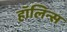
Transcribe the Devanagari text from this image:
हॉलिन्स